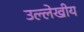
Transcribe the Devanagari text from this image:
उल्लेखीय